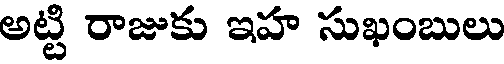
అట్టి రాజుకు ఇహ సుఖంబులు